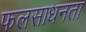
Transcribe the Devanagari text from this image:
फलसाधनता